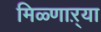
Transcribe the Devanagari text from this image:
मिळ्णाऱ्या